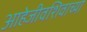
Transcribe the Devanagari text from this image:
आहेजीवशिवाच्या